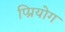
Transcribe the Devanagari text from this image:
प्प्रियोग